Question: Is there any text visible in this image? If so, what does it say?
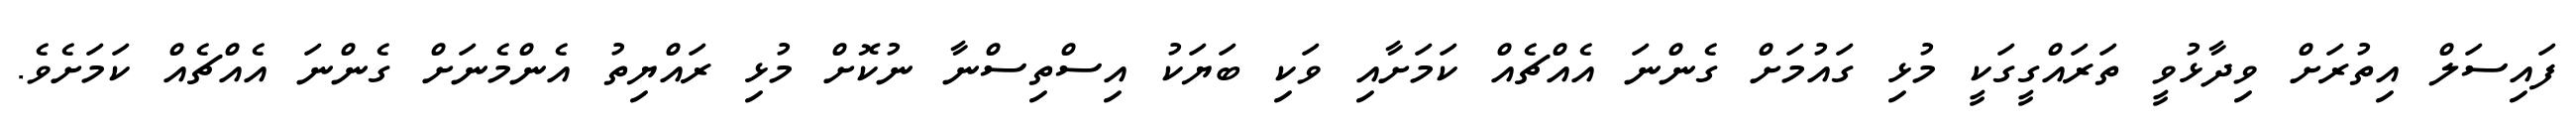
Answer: ފައިސަލް އިތުރަށް ވިދާޅުވީ ތަރައްގީގަކީ މުޅި ގައުމަށް ގެންނަ އެއްޗެއް ކަމަށާއި ވަކި ބަޔަކު އިސްތިސްނާ ނުކޮށް މުޅި ރައްޔިތު އެންމެނަށް ގެންނަ އެއްޗެއް ކަމަށެވެ.